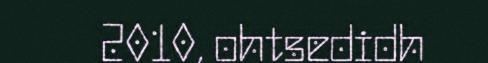
2010, ohtsedidh